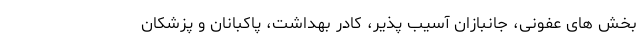
بخش های عفونی، جانبازان آسیب پذیر، کادر بهداشت، پاکبانان و پزشکان